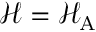
\mathcal { H } = \mathcal { H } _ { \mathrm { A } }